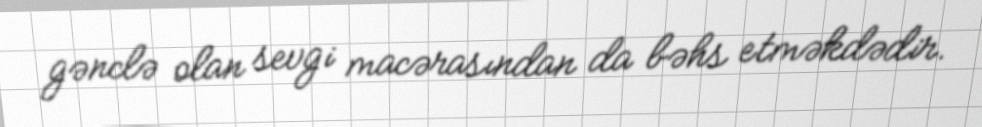
gənclə olan sevgi macərasından da bəhs etməkdədir.